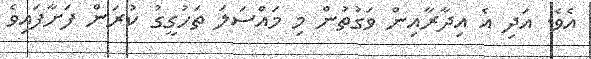
އެވެ. އަދި އެ އިދާރާއިން ވަގުތުން މި މައްސަލަ ތަހުގީގު ކުރަން ފަށާފައިވެ